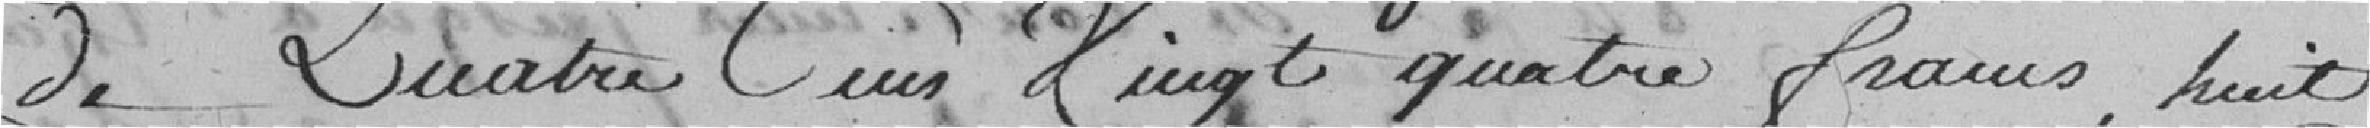
de quatre cent vingt quatre francs, huit